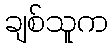
ချစ်သူက